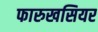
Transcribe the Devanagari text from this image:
फारुखसियर